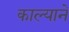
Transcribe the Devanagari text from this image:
काल्याने